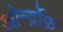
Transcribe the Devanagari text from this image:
ओर्न्द्रोफ़